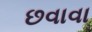
છવાવા